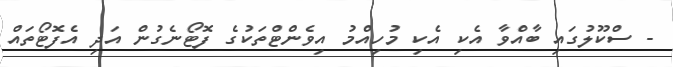
- ސްކޫލުގައި ބާއްވާ އެކި އެކި މުހިއްމު އިވެންޓްތަކުގެ ފޮޓޯނެގުން އަދި އެފޮޓޯތައް